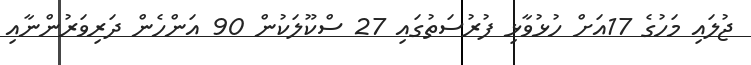
ޖުލައި މަހުގެ 17އަށް ހުޅުވާޅި ފުރުސަތުގައި 27 ސްކޫލަކުން 90 އަންހެން ދަރިވަރުންނާއި